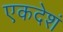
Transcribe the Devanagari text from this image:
एकदेशं